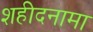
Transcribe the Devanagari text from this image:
शहीदनामा